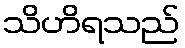
သိဟိရသည်